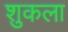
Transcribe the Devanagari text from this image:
शुकला